Malaria in the Punjab - Number 46
Disease focus: Malaria
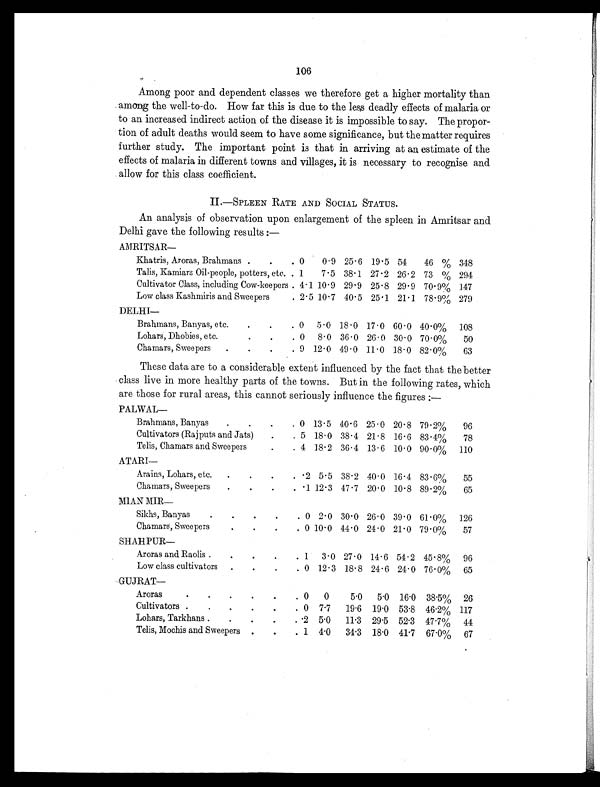
106
Among poor and dependent classes we therefore get a higher mortality than
among the well-to-do. How far this is due to the less deadly effects of malaria or
to an increased indirect action of the disease it is impossible to say. The propor-
tion of adult deaths would seem to have some significance, but the matter requires
further study. The important pointi s
t h a t i n a r r i v i n g a t a n e s t i m a t e o f t h e
effects of malaria in different towns and villages, it is necessary to recognise and
allow for this class coefficient.
II.—SPLEEN RATE AND SOCIAL STATUS.
An analysis of observation upon enlargement of the spleen in Amritsar and
Delhi gave the following results :—
AMRITSAR —
Khatris, Aroras, Brahmans
.
.
. 0
0.9 25.6 19.5 54
46 % 348
Talis, Kamiars Oil-people, potters, etc. . 1
7.5 38.1 27.2 26.2 73 % 294
Cultivator Class, including Cow-keepers . 4.1 10.9 29.9 25.8 29.9 70.9% 147
Low class Kashmiris and Sweepers
. 2.5 10.7 40.5 25.1 21.1 78.9% 279
DELHI —
Brahmans, Banyas, etc.
.
.
. 0 5.0 18.0 17.0 60.0 40.0%
108
Lohars, Dhobies, etc.
.
.
. 0
8.0 36.0 26.0 30.0 70.0%
50
Chamars, Sweepers
.
.
.
. 9 12.0 49.0 11.0 18.0 82.0%
63
These data are to a considerable extent influenced by the fact that the better
class live in more healthy parts of the towns. But in the following rates, which
are those for rural areas, this cannot seriously influence the figures :—
PALWAL —
Brahmans, Banyas
.
.
.
. 0 13.5 40.6 25.0 20.8 79.2%
96
Cultivators (Rajputs and Jats)
.
. 5 18.0 38.4 21.8 16.6 83.1%
78
Telis, Chamars and Sweepers
.
. 4 18.2 36.4 13.6 10.0 90.0%
110
ATARI —
Arains, Lohars, etc.
.
.
.
. .2 5.5 38.2 40.0 16.4 83.6%
55
Chamars, Sweepers
.
.
.
. .1 12.3 47.7 20.0 10.8 89.2%
65
MIAN MIR
—
Sikhs, Banyas
.
.
.
.
. 0 2.0 30.0 26.0 39.0 61.0%
126
Chamars, Sweepers
.
.
.
. 0 10.0 44.0 24.0 21.0 79.0%
57
SHAHPUR —
Aroras and Raolis .
.
.
.
. 1
3.0 27.0 14.6 54.2 45.8%
96
Low class cultivators
.
.
.
. 0 12.3 18.8 24.6 24.0 76.0% 65
GUJRAT —
Aroras
.
.
.
.
.
. 0
0
5.0
5.0 16.0 38.5% 26
Cultivators
.
.
.
.
.
. 0 7.7
19.6 19.0 53.8 46.2% 117
Lohars, Tarkhans .
.
.
.
. .2 5.0
11.3 29.5 52.3 47.7%
44
Telis, Mochis and Sweepers
.
.
. 1 4.0
34.3 18.0 41.7 67.0% 67